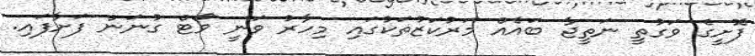
ފޮށީގެ ވަގުތީ ނަތީޖާ ބައެއް މަރުކަޒުތަކުގައި މިހާރު ވަނީ ވޯޓް ގުނަން ފަށާފައި.